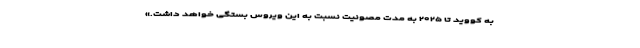
به کووید تا ۲۰۲۵ به مدت مصونیت نسبت به این ویروس بستگی خواهد داشت.»